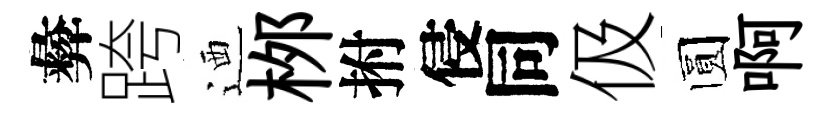
彜跨迺桞拊侵同伋圆啊